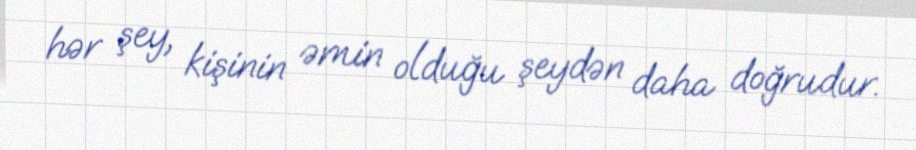
hər şey, kişinin əmin olduğu şeydən daha doğrudur.